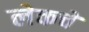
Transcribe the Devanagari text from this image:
लेकचे